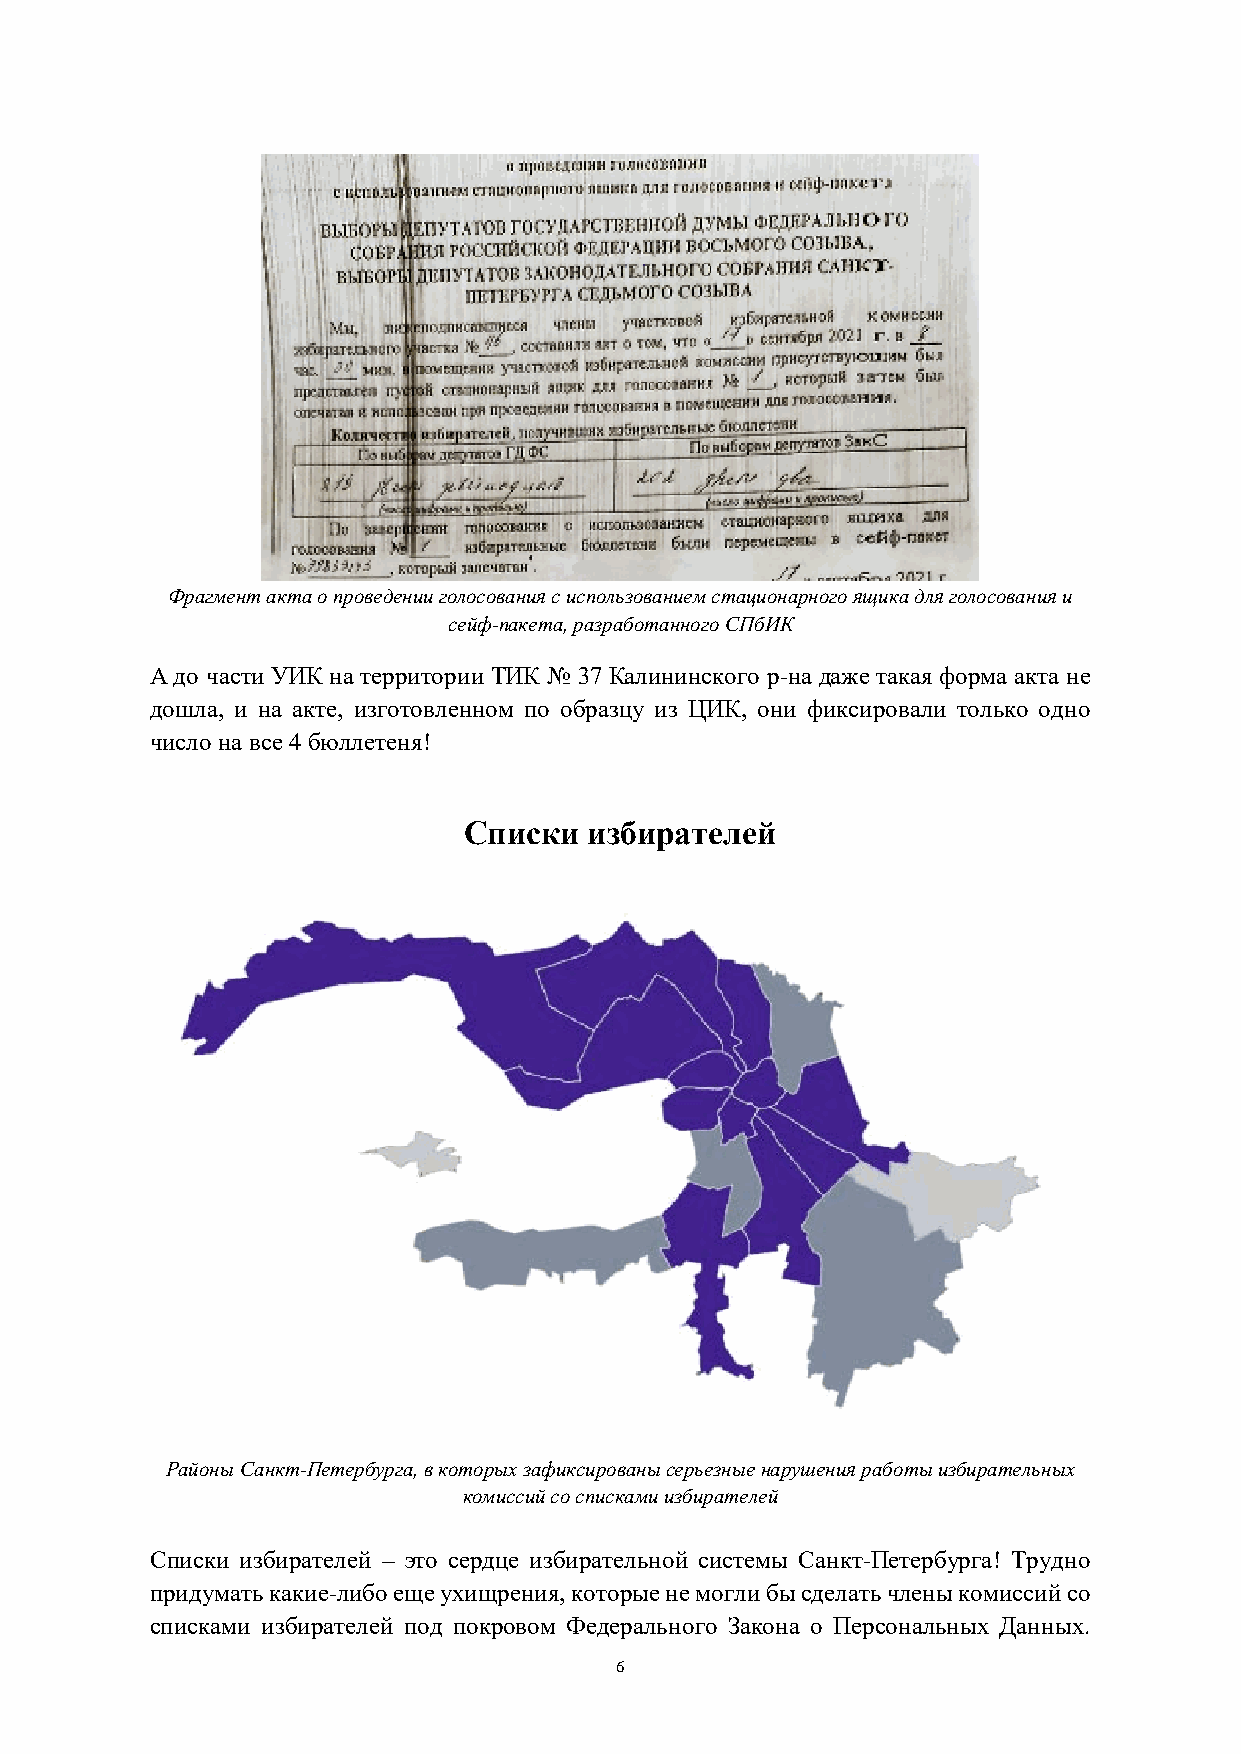
Фрагмент акта о проведении голосования с использованием стационарного ящика для голосования и
 сейф-пакета, разработанного СПбИК
 А до части УИК на территории ТИК № 37 Калининского р-на даже такая форма акта не
 дошла, и на акте, изготовленном по образцу из ЦИК, они фиксировали только одно
 число на все 4 бюллетеня!
 Списки  избирателей
 Районы Санкт-Петербурга, в которых зафиксированы серьезные нарушения работы избирательных
 комиссий со списками избирателей
 Списки избирателей – это сердце избирательной системы Санкт-Петербурга! Трудно
 придумать какие-либо еще ухищрения, которые не могли бы сделать члены комиссий со
 списками избирателей под покровом Федерального Закона о Персональных Данных.
 6